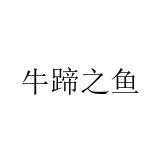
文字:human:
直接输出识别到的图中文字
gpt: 牛蹄之鱼